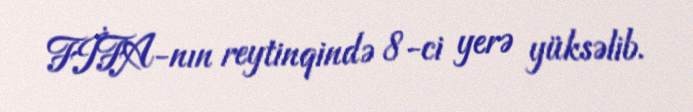
FİFA-nın reytinqində 8-ci yerə yüksəlib.